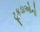
ટૂકડાઓનો